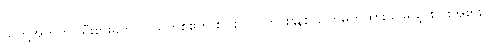
သူတို့အတွက် သီးစားခကို လယ်တစ်ဧက စပါး ၁၁ တင်းနှုန်း သတ်မှတ်ထားပေမယ့် စပါးအစား